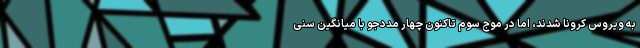
به ویروس کرونا شدند، اما در موج سوم تاکنون چهار مددجو با میانگین سنی